Scientific memoirs by medical officers of the Army of India - Part VII,
Year: 1892
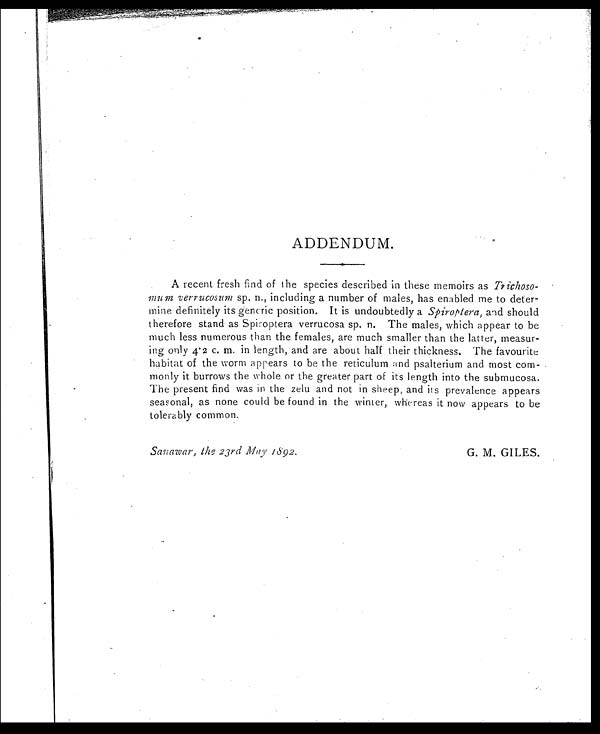
Sanawar, the 23rd May 1892.
G. M. GILES.
ADDENDUM.
A recent fresh find of the species described in these memoirs as Trichoso-
m u m v e r r u c o s u m
sp. n., including a number of males, has enabled me to deter-
mine definitely its generic position. It is undoubtedly a Spiroptera, and should
therefore stand as Spiroptera verrucosa sp. n. The males, which appear to be
much less numerous than the females, are much smaller than the latter, measur-
ing only 4.2 c. m. in length, and are about half their thickness. The favourite
habitat of the worm appears to be the reticulum and psalterium and most com-
monly it burrows the whole or the greater part of its length into the submucosa.
The present find was in the zelu and not in sheep, and its prevalence appears
seasonal, as none could be found in the winter, whereas it now appears to be
tolerably common.